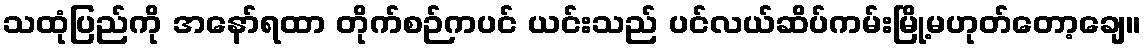
သထုံပြည်ကို အနော်ရထာ တိုက်စဉ်ကပင် ယင်းသည် ပင်လယ်ဆိပ်ကမ်းမြို့မဟုတ်တော့ချေ။